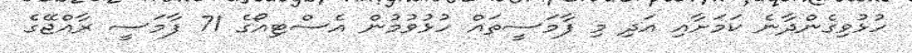
ހުޅުވިގެންދާނެ ކަމަށާއި އަދި މި ފާމަސީތައް ހުޅުވުމުން އެސްޓިއޯގެ 71 ފާމަސީ ރާއްޖޭގެ